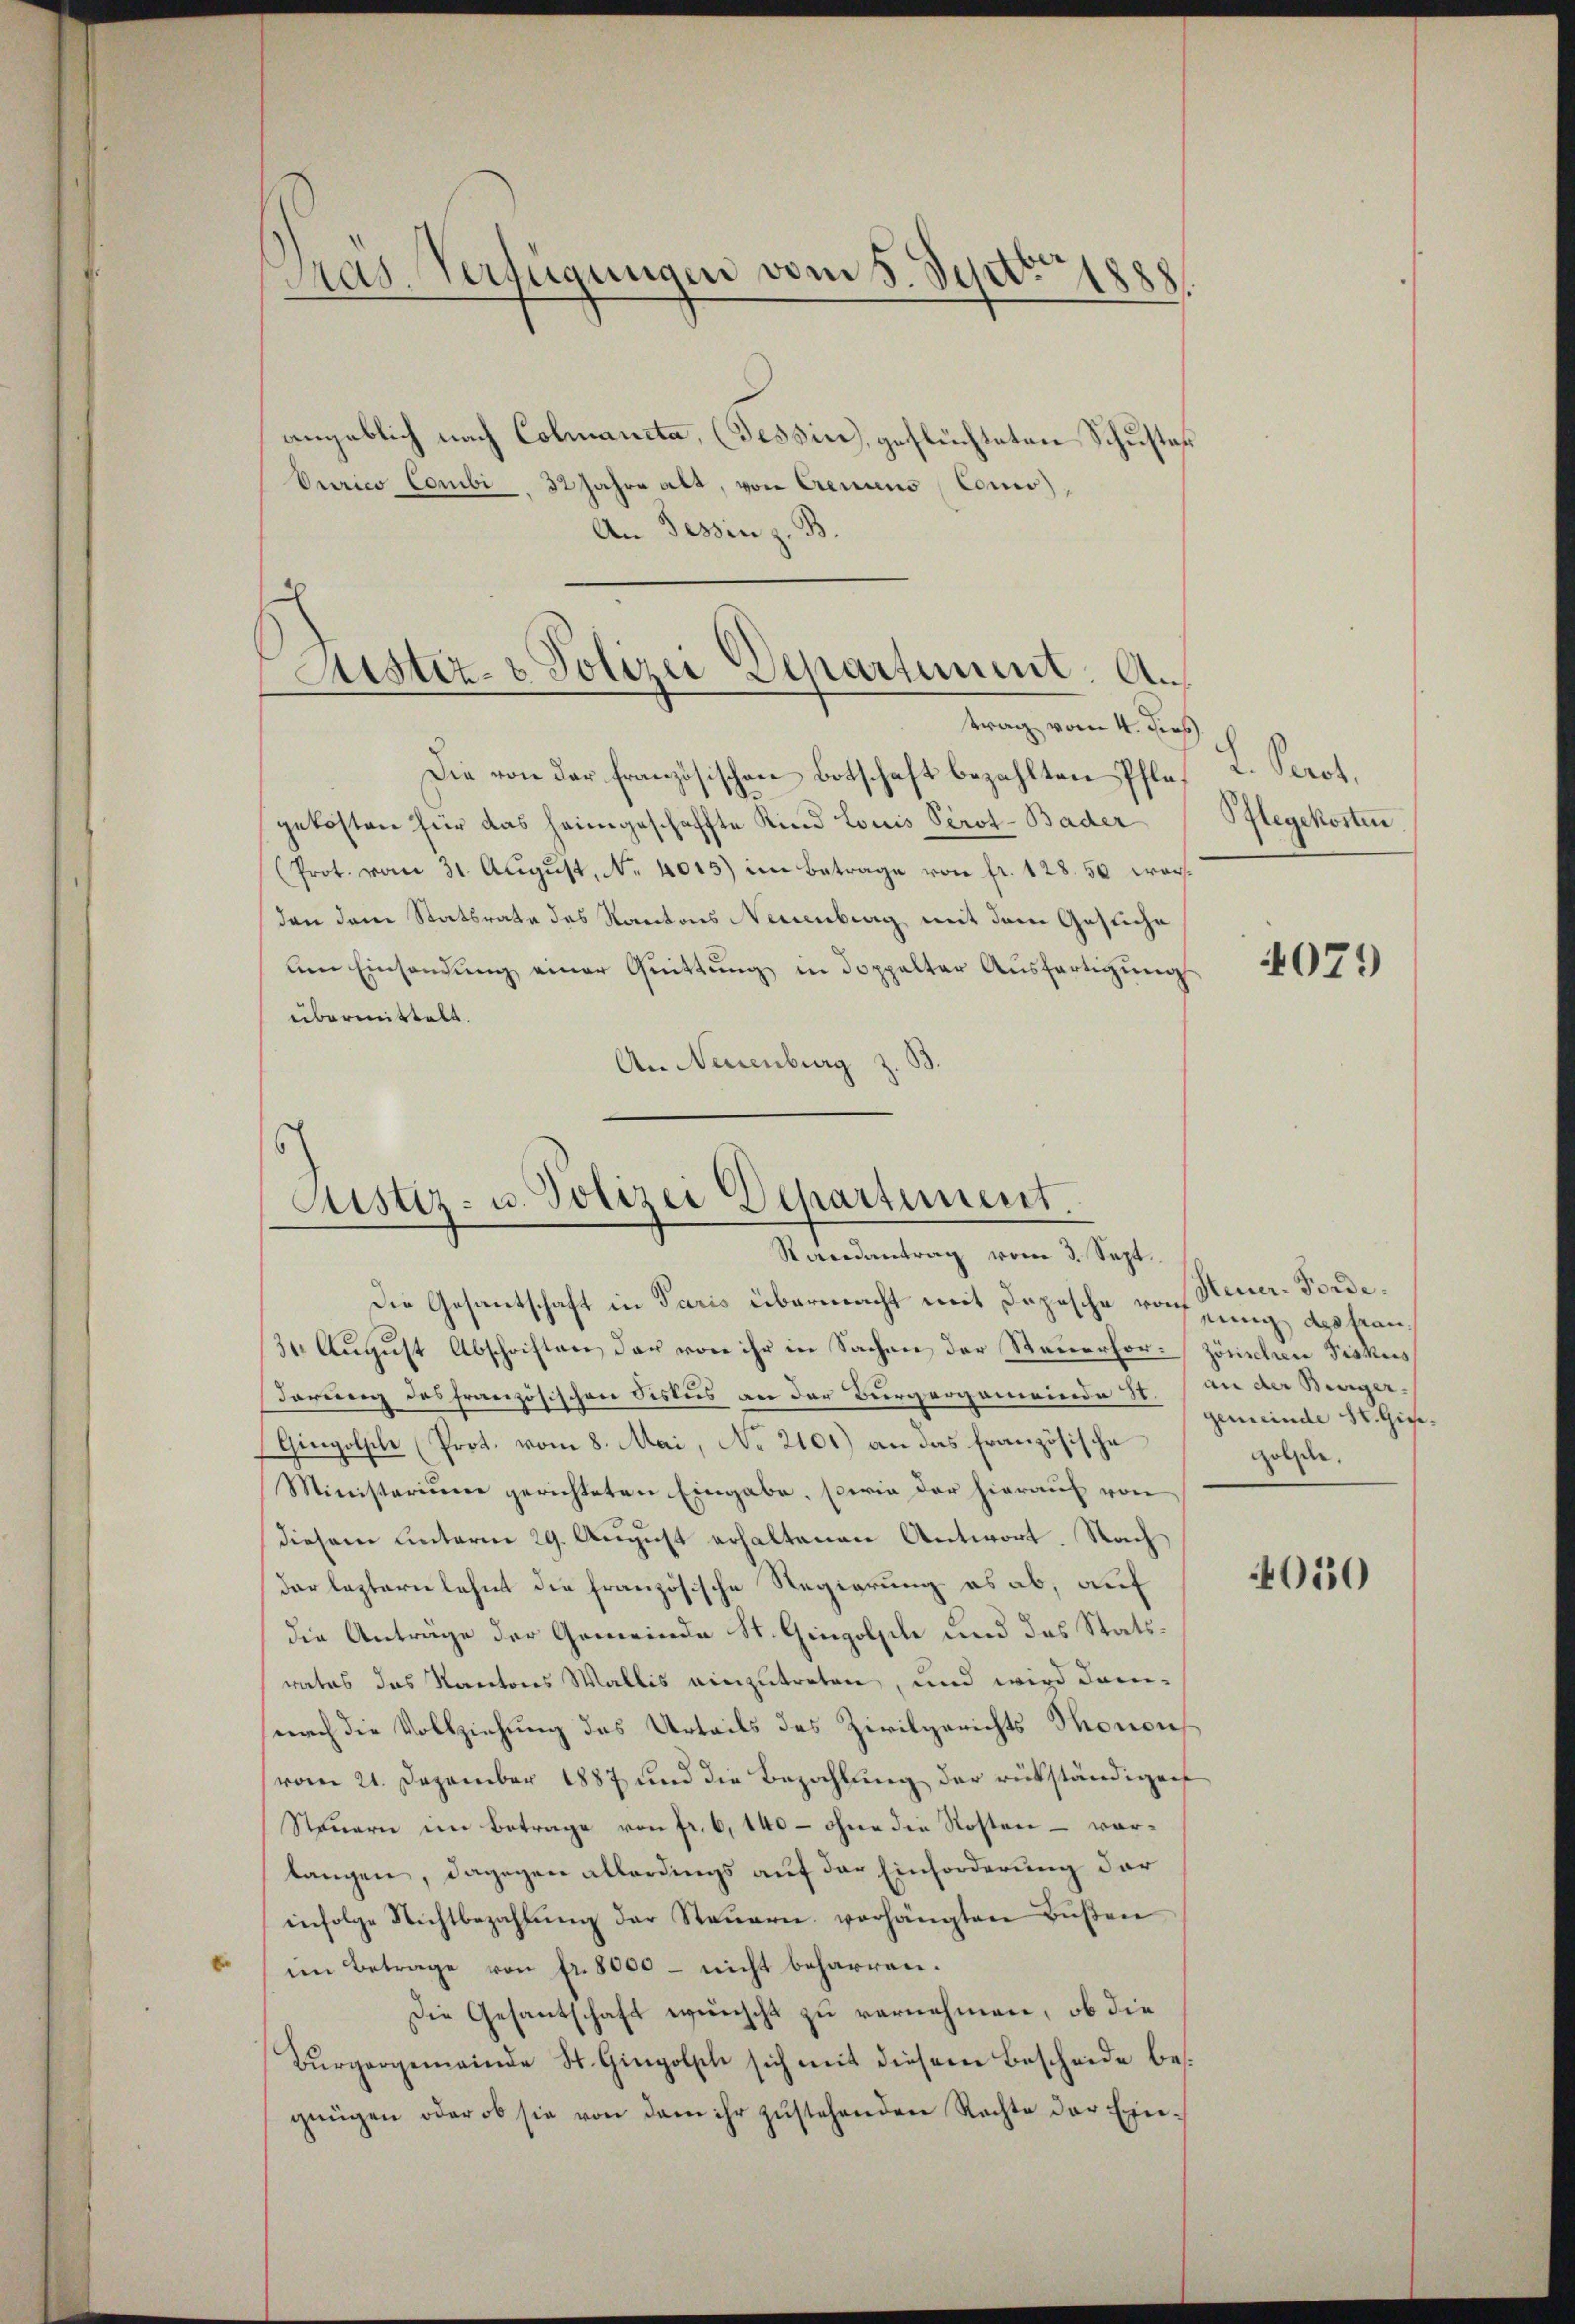
Pras. Verfügungen vom 5. Septbr 188

angeblich nach Colmaucta, (Tessin, geflüchteten Schuster
Ourico Combi. 32 Jahre alt, von Cremieno Como),
An Tessin z. B.

Justiz- & Polizei Departement. Ane

trag vom 4. Jes.
Die von der französischen Botschaft bezahlten Pflagekosten für das heimgeschaffte Kind Louis Perot-Bader
(Prot. vom 31. Aŭgŭst N. 4015) im Betrage von fr. 128. 50 war.
den dem Statsrate des Kantons Neuenburg mit dem Gesuche
A Einsendung einer Quittung in doppelter Ausfertigung
übermittelt.
An Neuenburg z.

Justiz- u. Polizei Departement.
Randantrag vom 3. Sept.

Die Gesantschaft in Paris übermacht mit Depesche von jung des fran¬
31. August Abschriften der von ihr in Sachen der Steuerfor-Zörischen Fiskus
derung des französischen Fiskus an der Burgergemeinde st. an der Berger¬
Gingolpile (Prot. vom 8. Mai, No 2101) an das französische
Ministerium gerichteten Eingabe, sowie der hierauf von
diesem unterm 29. August erhaltenen Antwort. Nach
der leztern lehnt die französische Regierung es ab, auf
die Anträge der Gemeinde St. Gingolsch und das Statsrates das Kantons Wallis einzutreten, und wird demnach die Vollziehung des Urteils des Zivilgerichts Thonon
vom 21. Dezember 1887 und die Bezahlung der rükständigen
Steuern im Betrage von fr. 6, 140 - ohne die Kosten – vorlangen, dagegen allerdings auf der Einforderung der
infolge Nichtbezahlŭng der Steŭern vorhängten Bŭβen
im Betrage von fr. 8000 - nicht beharren.
Die Gesantschaft wünscht zu vernehmen, ob die
Bürgergemeinde St. Gingolsch sich mit diesem Beschiede begnügen oder ob sie von dem ihr zŭstehenden Rechte der Exie-

L. Prot.
Pflegekosten

4079

Steuer-Forde.
gemeinde St. Giegolzen.

050